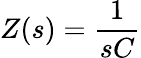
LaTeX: Z(s)={\frac{1}{sC}}